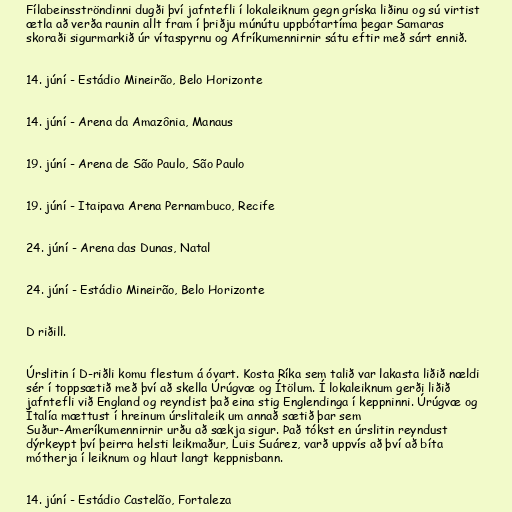
Fílabeinsströndinni dugði því jafntefli í lokaleiknum gegn gríska liðinu og sú virtist
ætla að verða raunin allt fram í þriðju múnútu uppbótartíma þegar Samaras
skoraði sigurmarkið úr vítaspyrnu og Afríkumennirnir sátu eftir með sárt ennið.

14. júní - Estádio Mineirão, Belo Horizonte

14. júní - Arena da Amazônia, Manaus

19. júní - Arena de São Paulo, São Paulo

19. júní - Itaipava Arena Pernambuco, Recife

24. júní - Arena das Dunas, Natal

24. júní - Estádio Mineirão, Belo Horizonte

D riðill.

Úrslitin í D-riðli komu flestum á óvart. Kosta Ríka sem talið var lakasta liðið nældi
sér í toppsætið með því að skella Úrúgvæ og Ítölum. Í lokaleiknum gerði liðið
jafntefli við England og reyndist það eina stig Englendinga í keppninni. Úrúgvæ og
Ítalía mættust í hreinum úrslitaleik um annað sætið þar sem
Suður-Ameríkumennirnir urðu að sækja sigur. Það tókst en úrslitin reyndust
dýrkeypt því þeirra helsti leikmaður, Luis Suárez, varð uppvís að því að bíta
mótherja í leiknum og hlaut langt keppnisbann.

14. júní - Estádio Castelão, Fortaleza